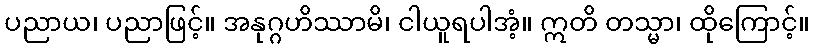
ပညာယ၊ ပညာဖြင့်။ အနုဂ္ဂဟိဿာမိ၊ ငါယူရပါအံ့။ ဣတိ တသ္မာ၊ ထိုကြောင့်။